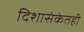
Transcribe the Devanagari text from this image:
दिशासंकेतही